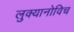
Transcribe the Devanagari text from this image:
लुक्यानोविच